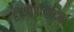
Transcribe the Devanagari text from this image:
हीमोपोयटिक